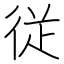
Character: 従